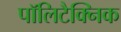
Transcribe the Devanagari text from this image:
पॉलिटैक्निक